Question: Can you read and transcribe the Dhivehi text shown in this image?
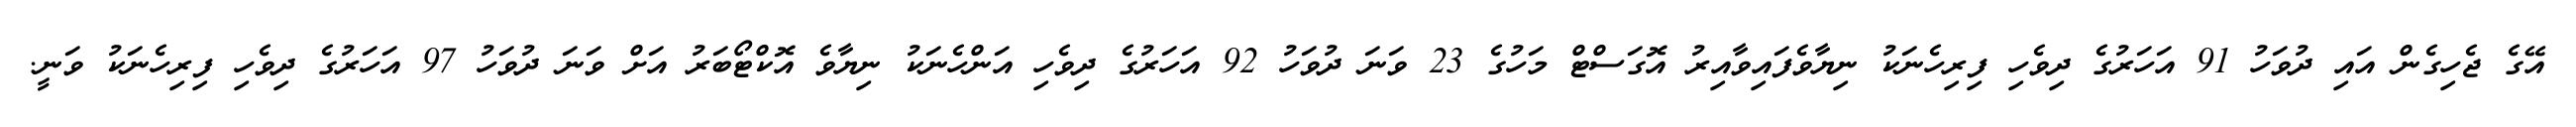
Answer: އޭގެ ޖެހިގެން އައި ދުވަހު 91 އަހަރުގެ ދިވެހި ފިރިހެނަކު ނިޔާވެފައިވާއިރު އޮގަސްޓް މަހުގެ 23 ވަނަ ދުވަހު 92 އަހަރުގެ ދިވެހި އަންހެނަކު ނިޔާވެ އޮކްޓޯބަރު އަށް ވަނަ ދުވަހު 97 އަހަރުގެ ދިވެހި ފިރިހެނަކު ވަނީ.